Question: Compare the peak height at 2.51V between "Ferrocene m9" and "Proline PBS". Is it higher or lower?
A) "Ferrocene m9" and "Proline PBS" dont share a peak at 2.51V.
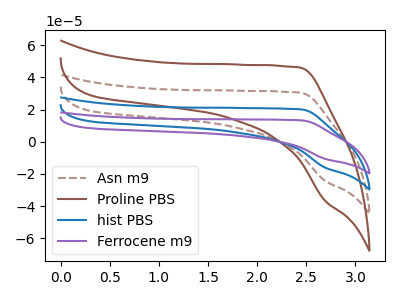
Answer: <think>The brown dashed curve "Asn m9" has no peaks. The brown curve "Proline PBS" has no peaks. The blue curve "hist PBS" has no peaks. The purple curve "Ferrocene m9" has no peaks.</think>
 <answer>A) "Ferrocene m9" and "Proline PBS" dont share a peak at 2.51V.</answer>
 <eval>A</eval>